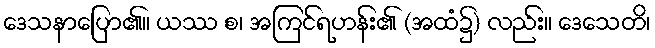
ဒေသနာပြော၏။ ယဿ စ၊ အကြင်ရဟန်း၏ (အထံ၌) လည်း။ ဒေသေတိ၊